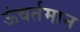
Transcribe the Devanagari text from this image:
ऊंवर्तमान